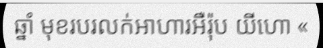
ឆ្នាំ មុខរបរលក់អាហារអឺរ៉ុប យីហោ «